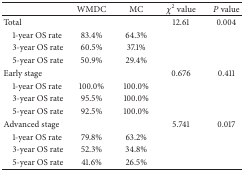
|  | WMDC | MC | χ2value | P value |
 | --- | --- | --- | --- | --- |
 | Total |  |  | 12.61 | 0.004 |
 | 1-year OS rate | 83.4% | 64.3% |  |  |
 | 3-year OS rate | 60.5% | 37.1% |  |  |
 | 5-year OS rate | 50.9% | 29.4% |  |  |
 | Early stage |  |  | 0.676 | 0.411 |
 | 1-year OS rate | 100.0% | 100.0% |  |  |
 | 3-year OS rate | 95.5% | 100.0% |  |  |
 | 5-year OS rate | 92.5% | 100.0% |  |  |
 | Advanced stage |  |  | 5.741 | 0.017 |
 | 1-year OS rate | 79.8% | 63.2% |  |  |
 | 3-year OS rate | 52.3% | 34.8% |  |  |
 | 5-year OS rate | 41.6% | 26.5% |  |  |